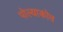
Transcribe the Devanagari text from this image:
पोल्याकोव